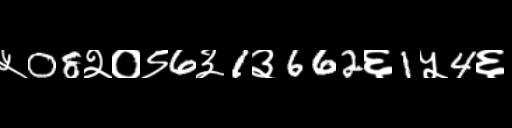
Text: ५08२०९6३1३662६1५4६